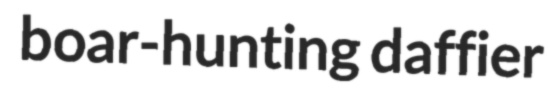
boar-hunting daffier